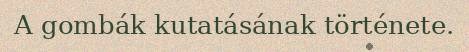
A gombák kutatásának története.